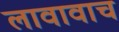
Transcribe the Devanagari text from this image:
लावावाच